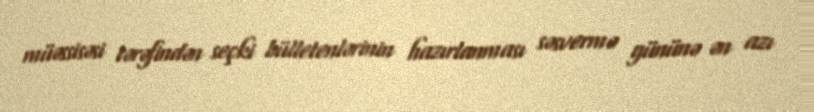
müəssisəsi tərəfindən seçki bülletenlərinin hazırlanması səsvermə gününə ən azı